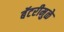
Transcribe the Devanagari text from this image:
बॅटरीमुळे